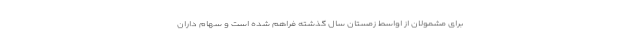
برای مشمولان از اواسط زمستان سال گذشته فراهم شده است و سهام داران